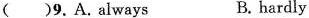
( )9. A. always B. hardly